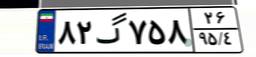
۸۸گ۴۸۵۶۴